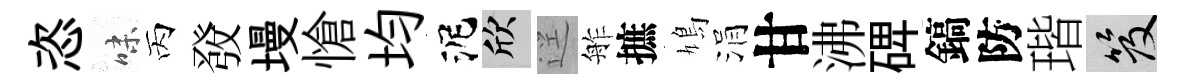
恣味丙𤼲墁愴均泥欣逕舴摭鳩涓甘沸𥓓鎬防瑎笈